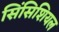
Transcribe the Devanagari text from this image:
सिंसिशियल